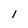
Character: 1